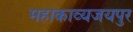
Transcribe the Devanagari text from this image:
महाकाव्यजयपुर